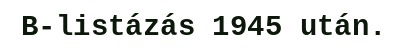
B-listázás 1945 után.